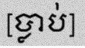
[ប្លាប់]